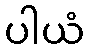
ပါယံ